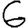
Digit: 6